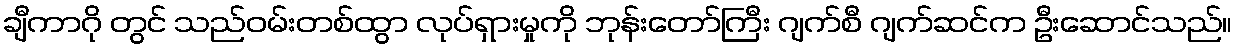
ချီကာဂို တွင် သည်ဝမ်းတစ်ထွာ လုပ်ရှားမှုကို ဘုန်းတော်ကြီး ဂျက်စီ ဂျက်ဆင်က ဦးဆောင်သည်။